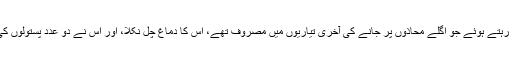
چنانچہ ایسا محسوس ہوتا ہے کہ فورٹ ہوڈ میں ان امریکیوں کے درمیان رہتے ہوئے جو اگلے محاذوں پر جانے کی آخری تیاریوں میں مصروف تھے، اس کا دماغ چل نکلا، اور اس نے دو عدد پستولوں کی مدد سے فائرنگ کر ڈالی جس سے متعدد افراد ہلاک اور زخمی ہوگئے۔